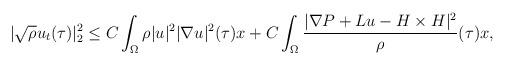
LaTeX: \begin{align*}|\sqrt{\rho}u_t(\tau)|^2_2\leq C\int_{\Omega} \rho |u|^2|\nabla u|^2(\tau)x+C\int_{\Omega} \frac{|\nabla P+Lu- H\times H|^2}{\rho}(\tau)x,\end{align*}